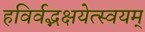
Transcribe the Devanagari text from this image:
हविर्वद्भक्षयेत्स्वयम्